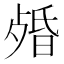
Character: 𣨯